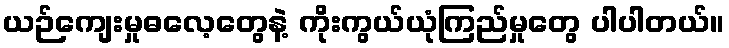
ယဉ်ကျေးမှုဓလေ့တွေနဲ့ ကိုးကွယ်ယုံကြည်မှုတွေ ပါပါတယ်။